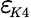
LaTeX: {\varepsilon_{\! \scriptscriptstyle K4}}